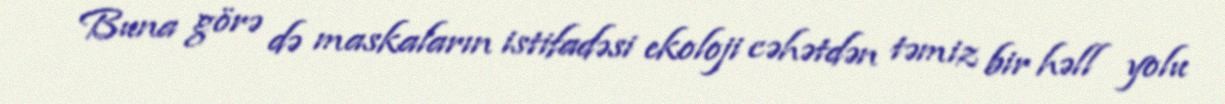
Buna görə də maskaların istifadəsi ekoloji cəhətdən təmiz bir həll yolu